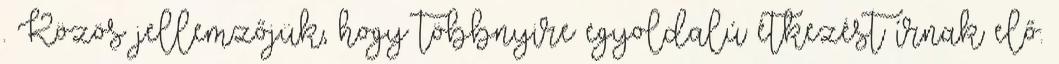
. Közös jellemzőjük, hogy többnyire egyoldalú étkezést írnak elő.